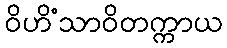
ဝိဟိံသာဝိတက္ကာယ